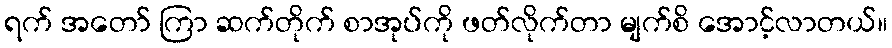
ရက် အတော် ကြာ ဆက်တိုက် စာအုပ်ကို ဖတ်လိုက်တာ မျက်စိ အောင့်လာတယ်။